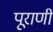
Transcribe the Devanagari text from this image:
पूराणी